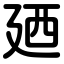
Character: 廼